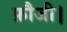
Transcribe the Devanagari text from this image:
फ़ौजी।